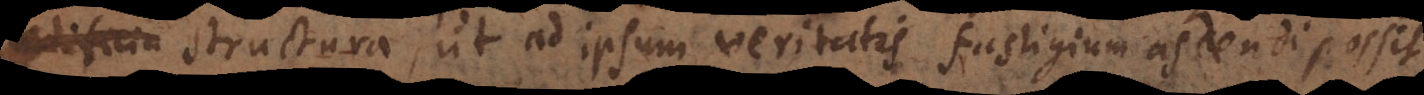
structura, ut ad ipsum veritatis fastigium ascendi possit